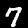
Label: 7